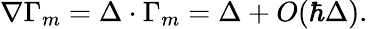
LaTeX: \nabla\Gamma_{m}=\Delta\cdot\Gamma_{m}=\Delta+O(\hbar\Delta).